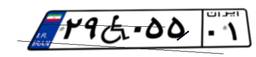
۲۹W۰۵۵۰۱